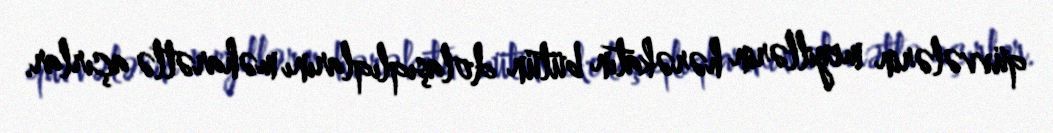
qüvvələrin meyillərin hərəkatın bütün dolaşıqlıqlarını məharətlə açırlar.